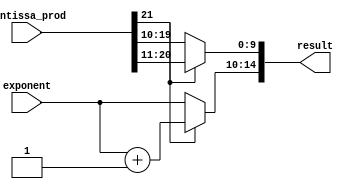
// This program was cloned from: https://github.com/erihsu/INT_FP_MAC
// License: MIT License

module mul_normalizer (
	input  [ 4:0] exponent,
	input  [21:0] mantissa_prod,
	output [14:0] result
);

	wire [4:0] result_exponent;
	wire [9:0] result_mantissa;

	assign result_exponent = (mantissa_prod[21]) ? (exponent + 1'b1): exponent;
	assign result_mantissa = (mantissa_prod[21]) ? mantissa_prod[20:11]:mantissa_prod[19:10];
	assign result 		   = {result_exponent,result_mantissa};

// No rounding and No overflow/underflow detection

endmodule